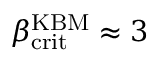
\beta _ { \mathrm { c r i t } } ^ { \mathrm { K B M } } \approx 3 \